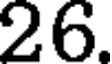
26.